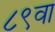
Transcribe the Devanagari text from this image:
८९वा